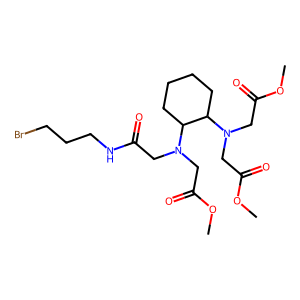
SMILES: COC(=O)CN(CC(=O)NCCCBr)C1CCCCC1N(CC(=O)OC)CC(=O)OC
Inhibits HIV replication: No